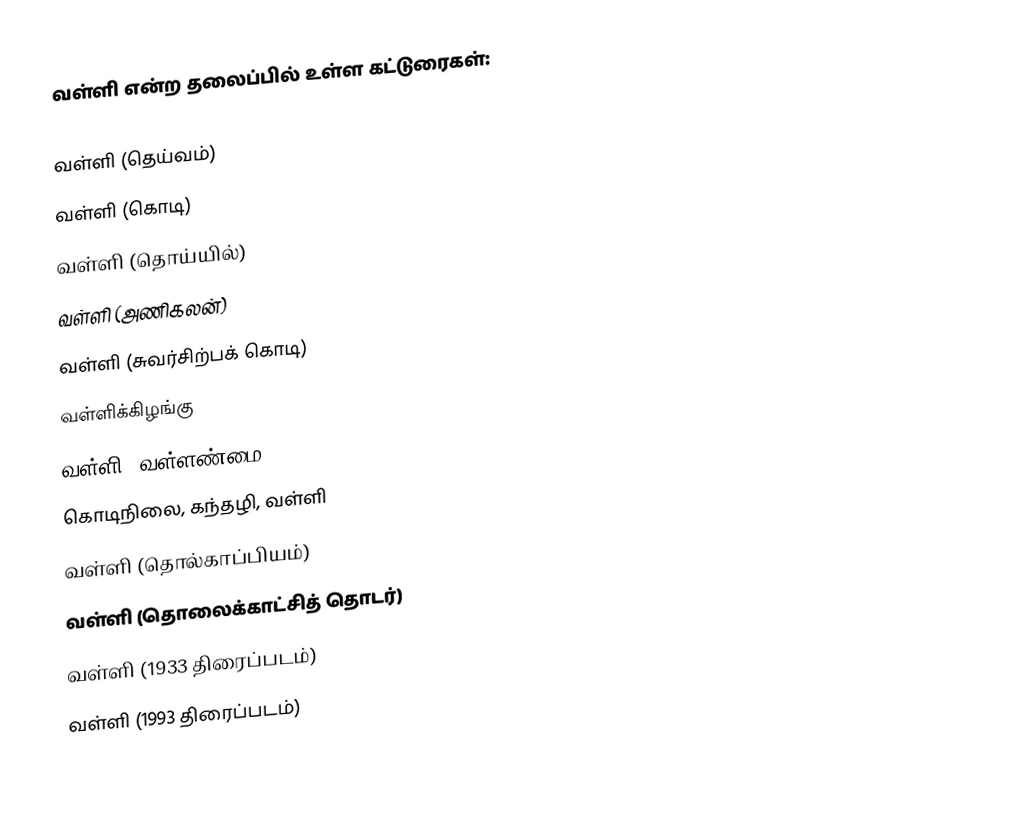
வள்ளி என்ற தலைப்பில் உள்ள கட்டுரைகள்:

 வள்ளி (தெய்வம்)
 வள்ளி (கொடி)
 வள்ளி (தொய்யில்)
 வள்ளி (அணிகலன்)
 வள்ளி (சுவர்சிற்பக் கொடி)
 வள்ளிக்கிழங்கு
 வள்ளி (வள்ளண்மை)
 கொடிநிலை, கந்தழி, வள்ளி
 வள்ளி (தொல்காப்பியம்)
 வள்ளி (தொலைக்காட்சித் தொடர்)
 வள்ளி (1933 திரைப்படம்)
 வள்ளி (1993 திரைப்படம்)